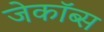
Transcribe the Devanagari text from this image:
जेकॉब्स